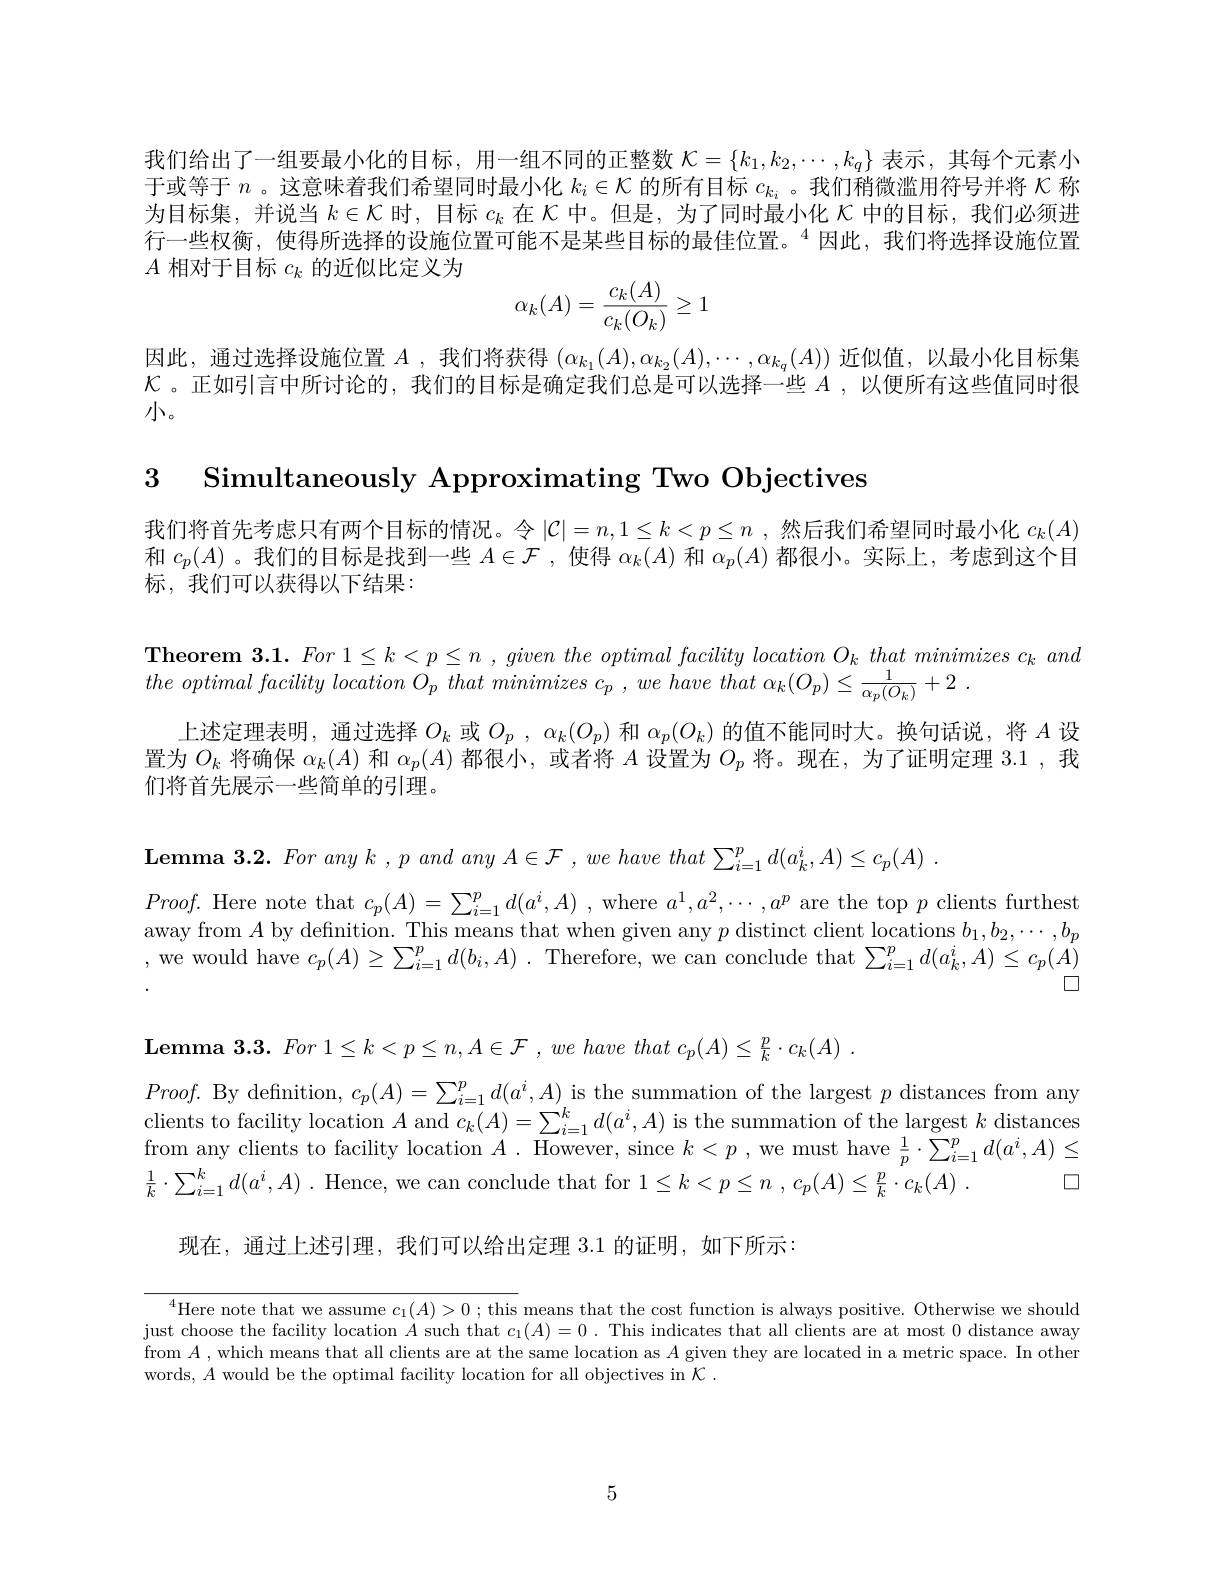
我们给出了一组要最小化的目标，用一组不同的正整数$\mathcal{K}=\{k_1,k_2,\cdots,k_q\}$表示，其每个元素小于或等于$n$ 。这意味着我们希望同时最小化$k_i\in\mathcal{K}$的所有目标$c_k_i$ 。我们稍微滥用符号并将$\mathcal{K}$称为目标集，并说当$k\in\mathcal{K}$时，目标$c_k$在$\mathcal{K}$中。但是，为了同时最小化$\mathcal{K}$中的目标，我们必须进行一些权衡，使得所选择的设施位置可能不是某些目标的最佳位置。$^{4}$因此，我们将选择设施位置$A$相对于目标$c_k$的近似比定义为
$$\alpha_k(A)=\frac{c_k(A)}{c_k(O_k)}\ge1$$
因此，通过选择设施位置$A$ ,我们将获得 $(\alpha_k_1(A),\alpha_{k_2}(A),\cdots,\alpha_{k_q}(A))$ 近似值，以最小化目标集$\mathcal{K}$。正如引言中所讨论的，我们的目标是确定我们总是可以选择一些$A$ ,以便所有这些值同时很小。

3 Simultaneously Approximating Two Objectives

我们将首先考虑只有两个目标的情况。令$|\mathcal{C}|=n,1\leq k<p\leq n$ ,然后我们希望同时最小化 $c_k(A)$ 和$c_p(A)$ 。我们的目标是找到一些$A\in\mathcal{F}$ ,使得$\alpha_k(A)$和$\alpha_p(A)$都很小。实际上，考虑到这个目标，我们可以获得以下结果：

$\textbf{Theorem 3. 1. For }1\leq k< p\leq n$ , $given\textit{ the optimal facility location O}_k\textit{ that minimizes c}_k\textit{ and}$
$the\textit{ optimal facility location O}_{p}\textit{ that minimizes c}_{p}, we\textit{ have that }\alpha _{k}( O_{p}) \leq \frac 1{\alpha _{p}( O_{k}) }+ 2$ .
上述定理表明，通过选择$O_k$或$O_p$ , $\alpha _k( O_p)$和$\alpha_p(O_k)$的值不能同时大。换句话说，将$A$设置为$O_k$将确保$\alpha_k(A)$和$\alpha_p(A)$都很小，或者将$A$设置为$O_p$将。现在，为了证明定理 3.1 ,我们将首先展示一些简单的引理。

$\textbf{Lemma 3. 2. For any k, p and any }A\in \mathcal{F}$ $, we$ have $that\sum _{i= 1}^{p}d( a_{k}^{i}, A) \leq c_{p}( A)$ .
$Proof.$ Here note that $c_p(A)=\sum_i=1^pd(a^i,A)$ , where $a^1,a^2,\cdots,a^p$ are the top $p$ clients furthest away from $A$ by definition. This means that when given any $p$ distinct client locations $b_1,b_2,\cdots,b_p$ ,we would have $c_p(A)\geq\sum_i=1^pd(b_i,A).$ Therefore, we can conclude that $\sum_i=1^pd(a_k^i,A)\leq c_p(\bar{A})$
$\square$

$\textbf{Lemma 3.3. For 1\leq k<p\leq n,A\in\mathcal{F},we have that c}_{p}(A)\leq\frac{p}{k}\cdot c_{k}(A)\:.$

$Proof.$ By definition, $c_p(A)=\sum_{i=1}^{p}d(a^{i},A)$ is the summation of the largest $p$ distances from any clients to facility location $A$ and $c_k(A)=\sum_{i=1}^kd(a^i,A)$ is the summation of the largest $k$ distances from any clients to facility location $A.$ However, since $k<p$, we must have $\frac1p\cdot\sum_{i=1}^pd(a^i,A)\leq$ $\frac 1k\cdot \sum _{i= 1}^{k}d( a^{i}, A)$ . Hence, we can conclude that for $1\leq k< p\leq n$ $, c_p( A) \leq \frac pk\cdot c_k( A)$ . $\square$
现在，通过上述引理，我们可以给出定理 3.1 的证明，如下所示：

$^4$Here note that we assume $c_1(A)>0$ ; this means that the cost function is always positive. Otherwise we should just choose the facility location $A$ such that $c_1(A)=0.$ This indicates that all clients are at most 0 distance away from $A$,which means that all clients are at the same location as $A$ given they are located in a metric space. In other words, $A$ would be the optimal facility location for all objectives in $\mathcal{K}.$

5